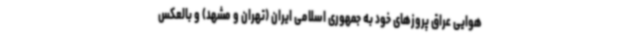
هوایی عراق پروزهای خود به جمهوری اسلامی ایران (تهران و مشهد) و بالعکس